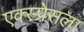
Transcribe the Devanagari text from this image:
एक्स्प्रेसला